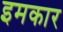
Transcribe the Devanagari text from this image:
इमकार